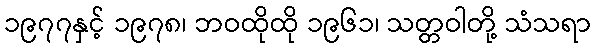
၁၉၇၇နှင့် ၁၉၇၈၊ ဘဝထိုထို ၁၉၆၁၊ သတ္တဝါတို့ သံသရာ